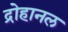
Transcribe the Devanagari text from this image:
द्रोहानल